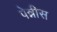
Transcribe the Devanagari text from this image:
पेन्नीस